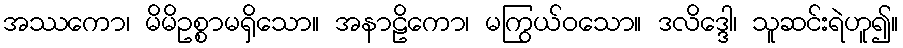
အဿကော၊ မိမိဥစ္စာမရှိသော။ အနာဠိကော၊ မကြွယ်ဝသော။ ဒလိဒ္ဒေါ၊ သူဆင်းရဲဟူ၍။